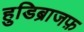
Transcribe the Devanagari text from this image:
हुडिब्राजफ़